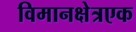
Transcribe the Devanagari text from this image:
विमानक्षेत्रएक